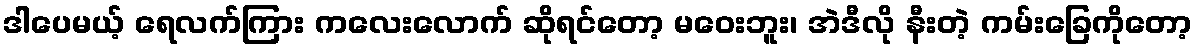
ဒါပေမယ့် ရေလက်ကြား ကလေးလောက် ဆိုရင်တော့ မဝေးဘူး၊ အဲဒီလို နီးတဲ့ ကမ်းခြေကိုတော့